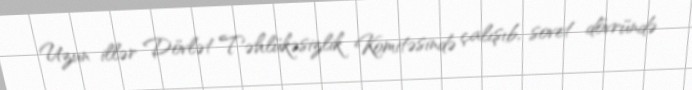
Uzun illər Dövlət Təhlükəsizlik Komitəsində çalışıb, sovet dövründə